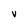
Character: V